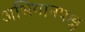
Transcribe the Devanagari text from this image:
अभियानपक्ष